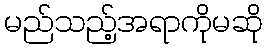
မည်သည့်အရာကိုမဆို